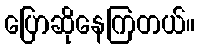
ပြောဆိုနေကြတယ်။